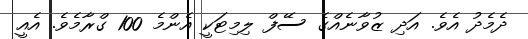
ދެމެދު އެވެ. އަދި ޒުވާނެއްގެ ސޭފް ލިމިޓަކީ އެންމެ 100 ގްރާމެވެ. އެއީ